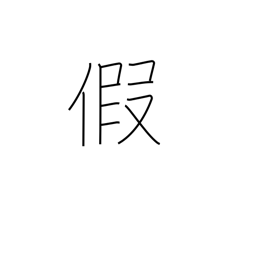
Meaning: interim